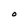
Character: O